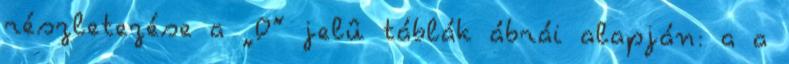
részletezése a „D” jelû táblák ábrái alapján: a a